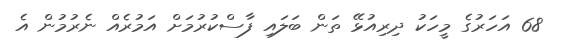
68 އަހަރުގެ މީހަކު ދިރިއުޅޭ ތަން ބަލައި ފާސްކުރުމަށް އަމުރެއް ނެރުމުން އެ